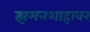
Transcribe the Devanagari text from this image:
झमनशाहावर